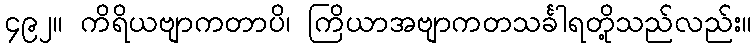
၄၉၂။ ကိရိယဗျာကတာပိ၊ ကြိယာအဗျာကတသင်္ခါရတို့သည်လည်း။